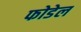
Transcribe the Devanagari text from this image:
फोडेल